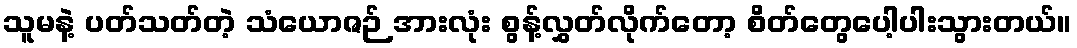
သူမနဲ့ ပတ်သတ်တဲ့ သံယောဇဉ် အားလုံး စွန့်လွှတ်လိုက်တော့ စိတ်တွေပေါ့ပါးသွားတယ်။